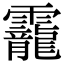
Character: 靇